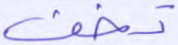
تخف